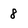
Character: 8